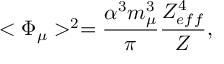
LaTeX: < \Phi _ { \mu } > ^ { 2 } = \frac { \alpha ^ { 3 } m _ { \mu } ^ { 3 } } { \pi } \frac { Z _ { e f f } ^ { 4 } } { Z } ,